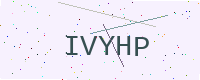
Text: IVYHP